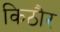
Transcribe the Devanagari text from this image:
किठौर